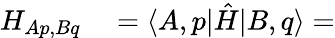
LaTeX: \begin{array}{rl}{H_{Ap,Bq}}&{{}=\langle A,p|\hat{H}|B,q\rangle=}\end{array}